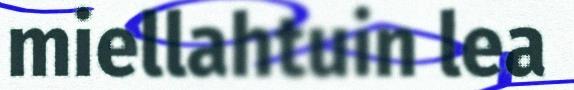
miellahtuin lea